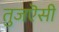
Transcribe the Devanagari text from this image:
तुजऎसी